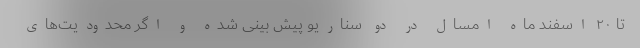
تا ۲۰ اسفند ماه امسال در دو سناریو پیش بینی شده و اگر محدودیت‌های